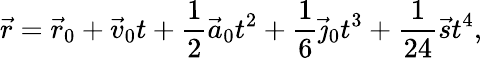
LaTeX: {\vec{r}}={\vec{r}}_{0}+{\vec{v}}_{0}t+{\frac{1}{2}}{\vec{a}}_{0}t^{2}+{\frac{1}{6}}{\vec{\jmath}}_{0}t^{3}+{\frac{1}{24}}{\vec{s}}t^{4},